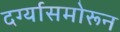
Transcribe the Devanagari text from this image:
दर्ग्यासमोरून